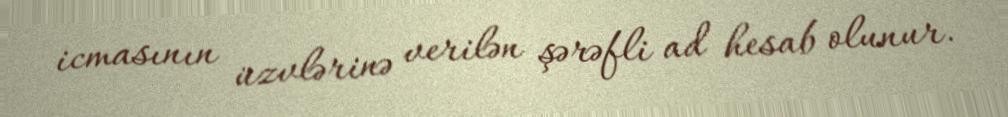
icmasının üzvlərinə verilən şərəfli ad hesab olunur.